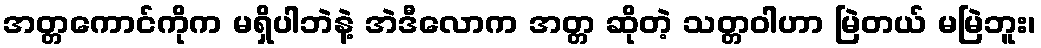
အတ္တကောင်ကိုက မရှိပါဘဲနဲ့ အဲဒီလောက အတ္တ ဆိုတဲ့ သတ္တဝါဟာ မြဲတယ် မမြဲဘူး၊